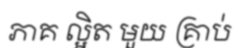
ភាគ ល្អិត មួយ គ្រាប់